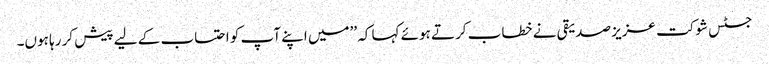
جسٹس شوکت عزیز صدیقی نے خطاب کرتے ہوئے کہا کہ ’’میں اپنے آپ کو احتساب کے لیے پیش کر رہا ہوں۔